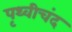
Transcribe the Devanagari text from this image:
पृथ्वीचंद